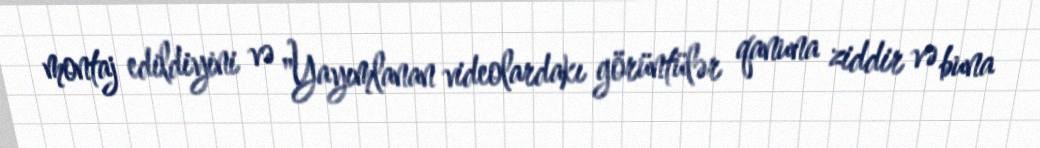
montaj edildiyini və "Yayımlanan videolardakı görüntülər qanuna ziddir və buna